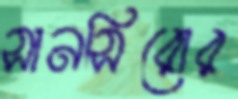
সানসিরোর